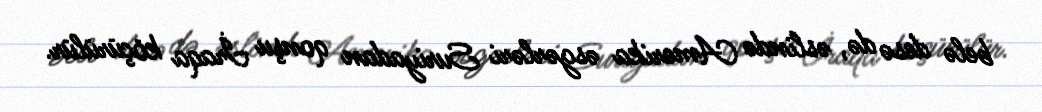
belə desə də, əslində Amerika əsgərləri Suriyadan qonşu İraqa köçürülür.